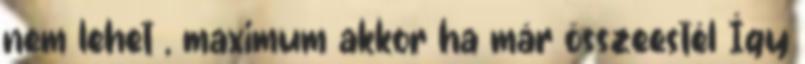
nem lehet , maximum akkor ha már összeestél Így